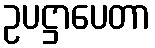
ဥပဋ္ဌာပေတာ